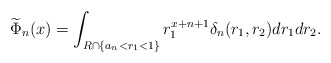
\begin{align*}\widetilde{\Phi}_n(x)&=\int_{R\cap \{a_n<r_1<1\}}r_1^{x+n+1}\delta_n(r_1,r_2)dr_1dr_2.\end{align*}